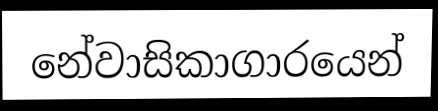
නේවාසිකාගාරයෙන්